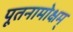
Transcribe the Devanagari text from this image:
पूतनामोक्षम्